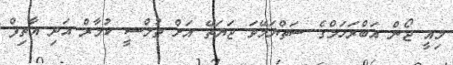
މިއީ ޖޯން އަބްރަހަމްގެ ސަތްޔަމޭވަ ޖަޔަތޭ އަށް ތުލްސީ ކުމާރް އަދި އާތިފް